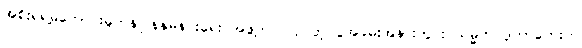
အစိုးရရဲ့မကောင်းမှုတန်ပြန်နှိမ်နင်းရေး အဖွဲ့ကပြုလုပ်တဲ့ ပွဲအခမ်းအနားတွင်း သမ္မတ ဒူတာတေးက